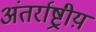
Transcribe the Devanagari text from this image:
अंतर्राष्ट्रीय़